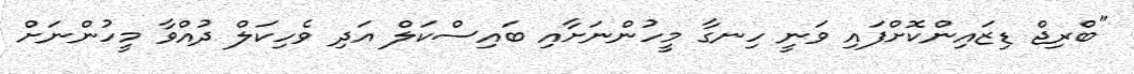
"ބްރިޖް ޑިޒައިންކޮށްފައި ވަނީ ހިނގާ މީހުންނަށާއި ބައިސްކަލް އަދި ވެހިކަލް ދުއްވާ މީހުންނަށް